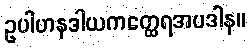
ဥပါဟနဒါယကတ္ထေရအပဒါန။